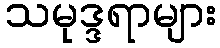
သမုဒ္ဒရာများ